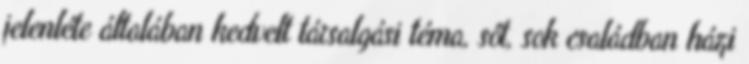
jelenléte általában kedvelt társalgási téma, sőt, sok családban házi